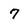
Character: 7